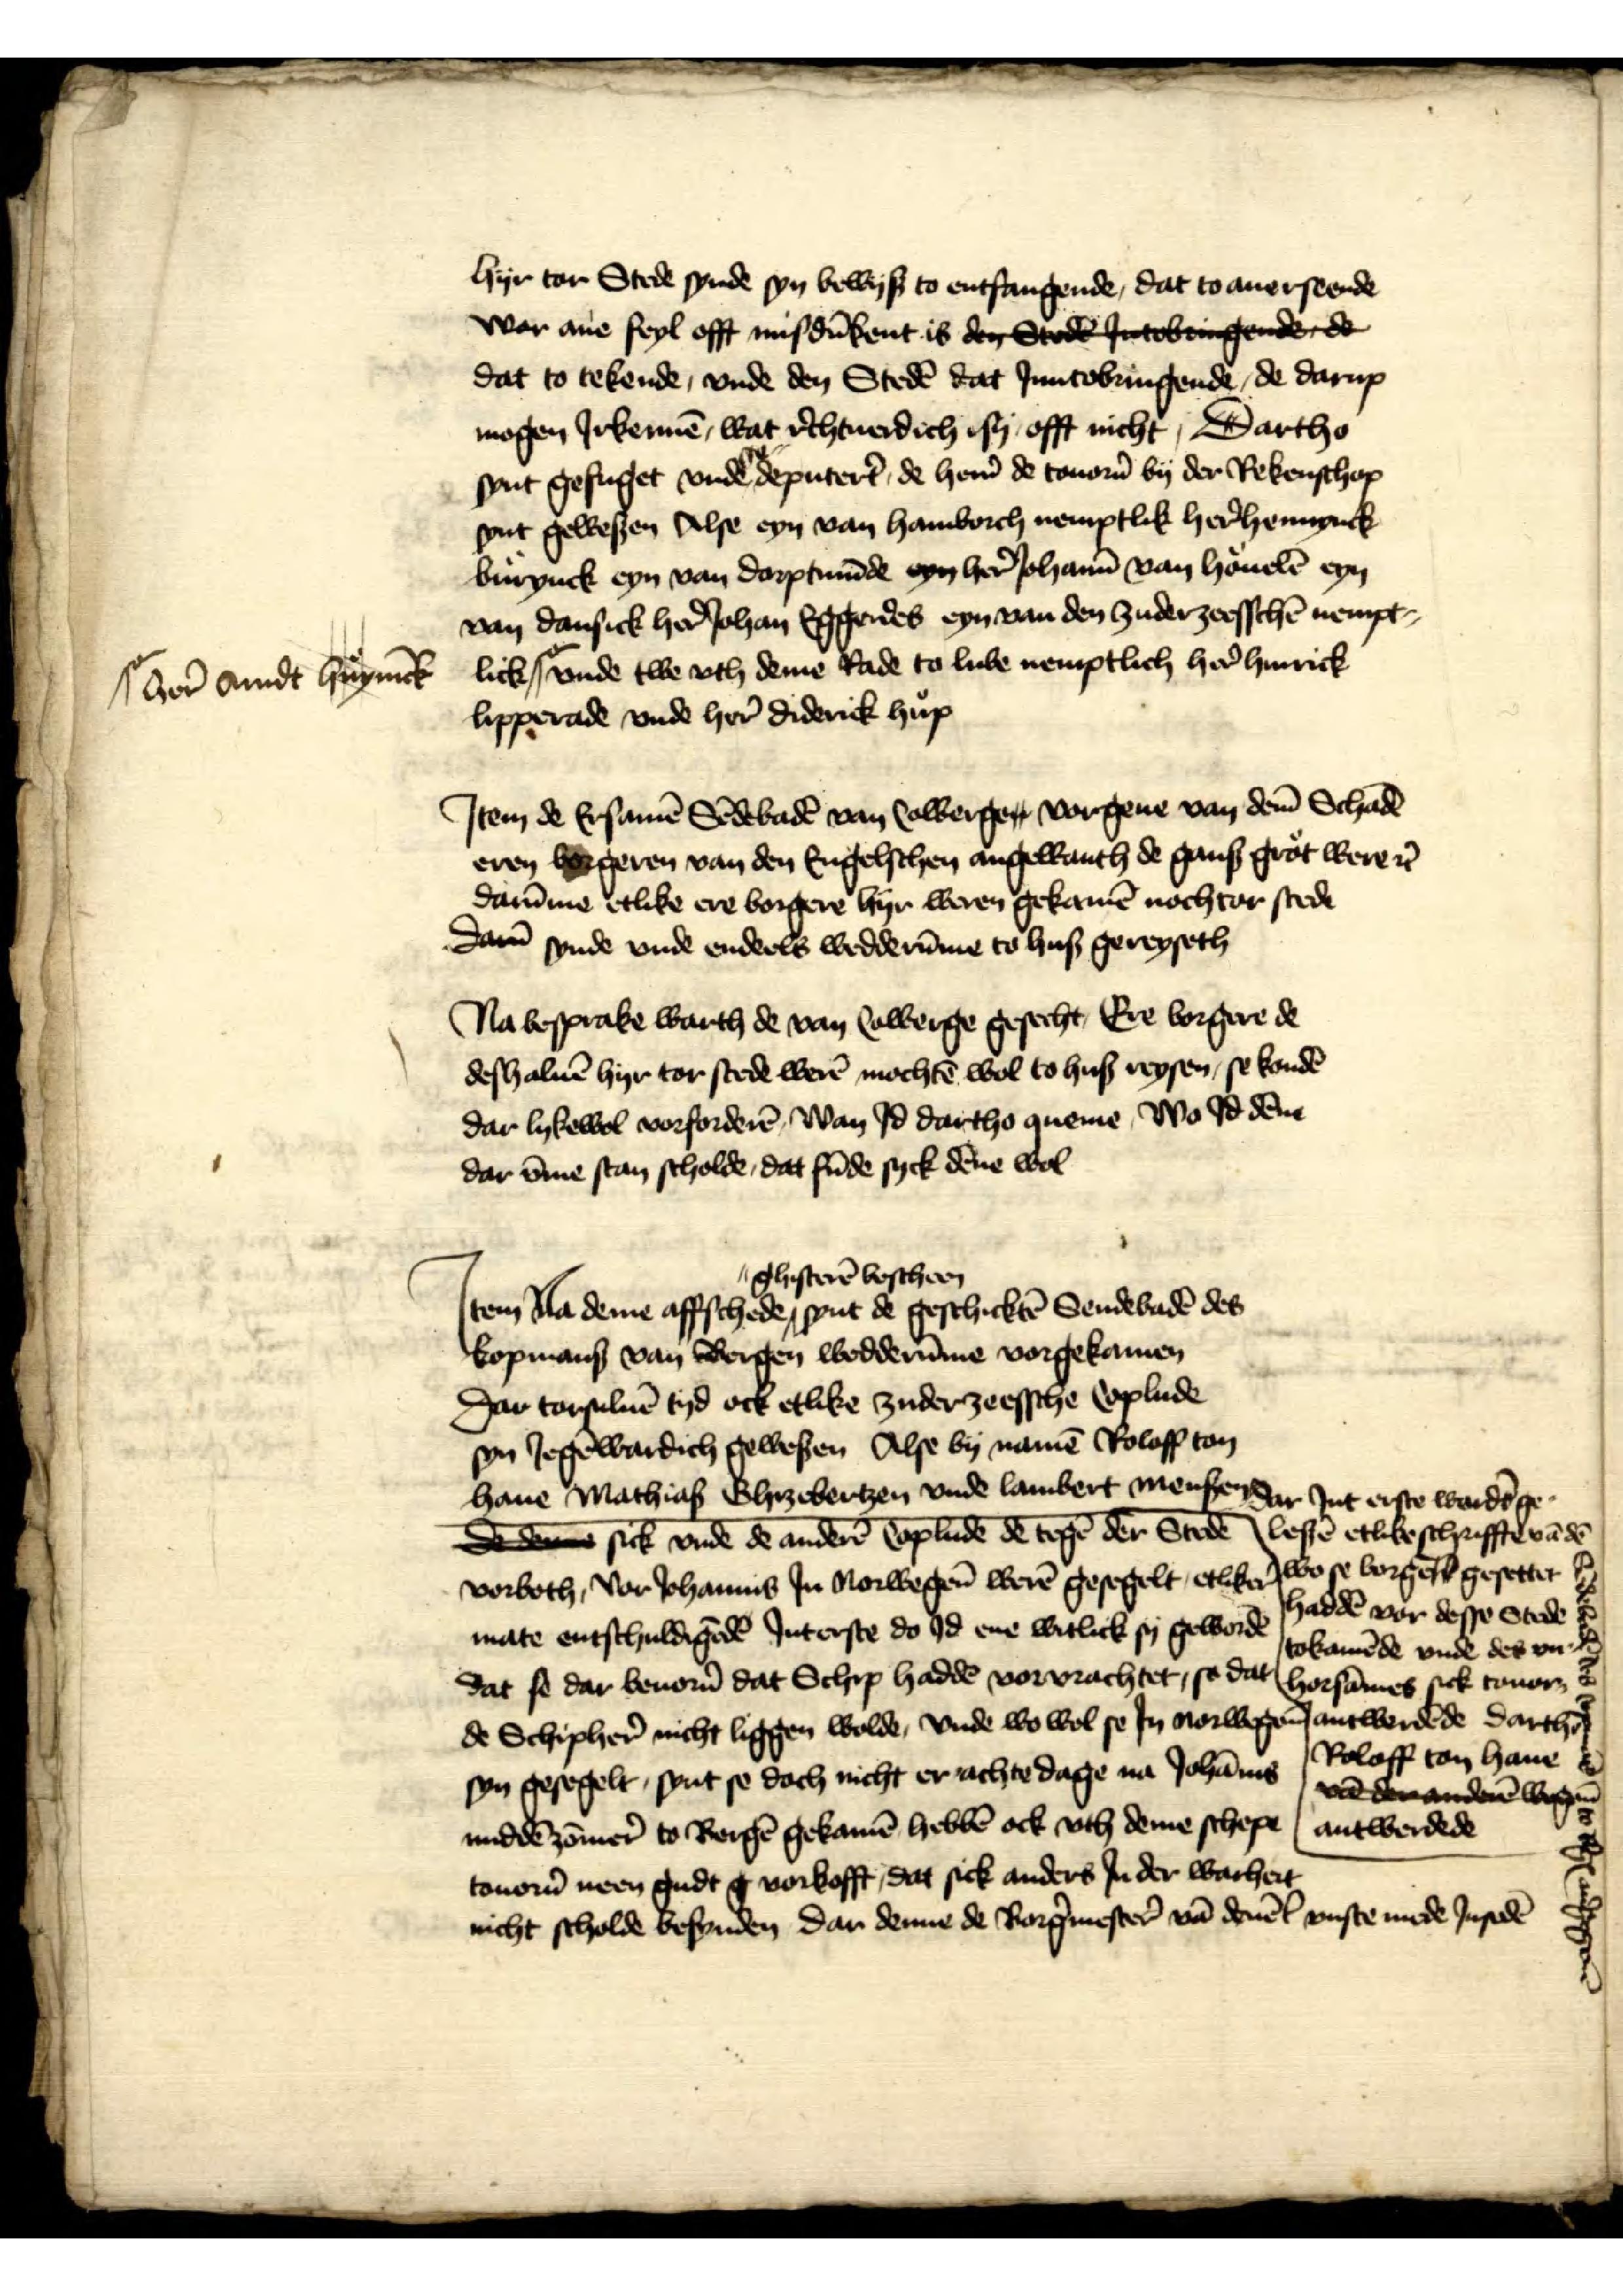
hyr tor Stede synde syn bewyß to entfangende, dat to auerseende
war ane seyl offt misdūkent is den Stede Jntobringende de
dat to tekende, vnde den Stedē dat Jnntobringende, de darup
mogen Jrkennē, wat r̉chtuerdich sy offt nicht, Dartho
synt gefuget vnde gedeputert̉ de her̉n de touor̉n by der Rekenschop
synt gewesen Alse eyn van Hamborch nemptlik her̉ Hennynck
Burynck eyn van Dorptmūde eyn her̉ Johann̄ van Houelē eyn
van Dansick her̉ Johan Eggendes eyn van den Zuderzeesschē nempt¬
lick |o vnde twe vth deme Rade to Lube nemptlich her̉ Hinrick
Lipperade vnde her̉ diderick Hup

|o- her̉ Arndt Huynīck

Jtem de Ersamē Sēdebadē van Colbergen vorgeue van dem̄ Schadē
eren borgeren van den Engelschen angewanth de gans grot were et̉
darūme etlike ere borgere hyr weren gekamē nochtor stede
da synde vnde endeels wedderūme to huß gereyseth

Na besprake warth de van Colberge gesecht, Ere borgere de
deshaluē hyr tor stede werē mochtē wol to huß reysen, se kondē
dar lykewol vorforderē, Wan Jd dartho queme, Wo Jd dēne
dar v̄me stan scholde, dat fūde syck dēne wol

Jtem Na deme affscheden ghisterē boscheen synt de geschicktē Sendebadē des
kopmans van Bergen wedderūme vorgekamen
Dar torsuluē tyd ock etlike zuderzeessche Coplude
syn Jegēwardich gewesen Alse by namē Roloff ton
Haue Mathiaß Blyzebertzen vnde Lambert Mensen dar Jnt erste wardt ge¬
lestē etlike schrifftē vā dē
Sēdebadē des Copmās to B̉gꝬ aủgegeuē
wo se Borger gesettet et̉
haddē vor desse Stede
tokamēde vnde des vn¬
horsāmes sick touor
antwerdēde Dartho
Rolaff ton Haue
vnedranduge
antwerdede
dedeme sick vnde de anderē Coplude de tege der Stede
vorboth, vor Johannnis Jn Norwegen werē gesegelt, etliker
mate entschuldigedē Jnterste do Jd ene witlick sy gewordē
dat se dar beuor̉n dat Schip haddē vorvrachtet, se dat
de Schipher̉ nicht liggen wolde, vnde wo wol se Jn Norwegen
syn gesegelt, synt se doch nicht er achte dage na Johānis
middē zōmer̉ to Bergē gekamē hebbē ock vth deme schepe
touor̉n neen gudt g vorkofft, dat sick anders Jn der warheit
nicht scholde befynden dar denne de Borg̉mester̉ vā denēl vuste mede Jnsedē